38_143685_box7_Incident_Summaries_1-100
Agency: Department of War
Page 15
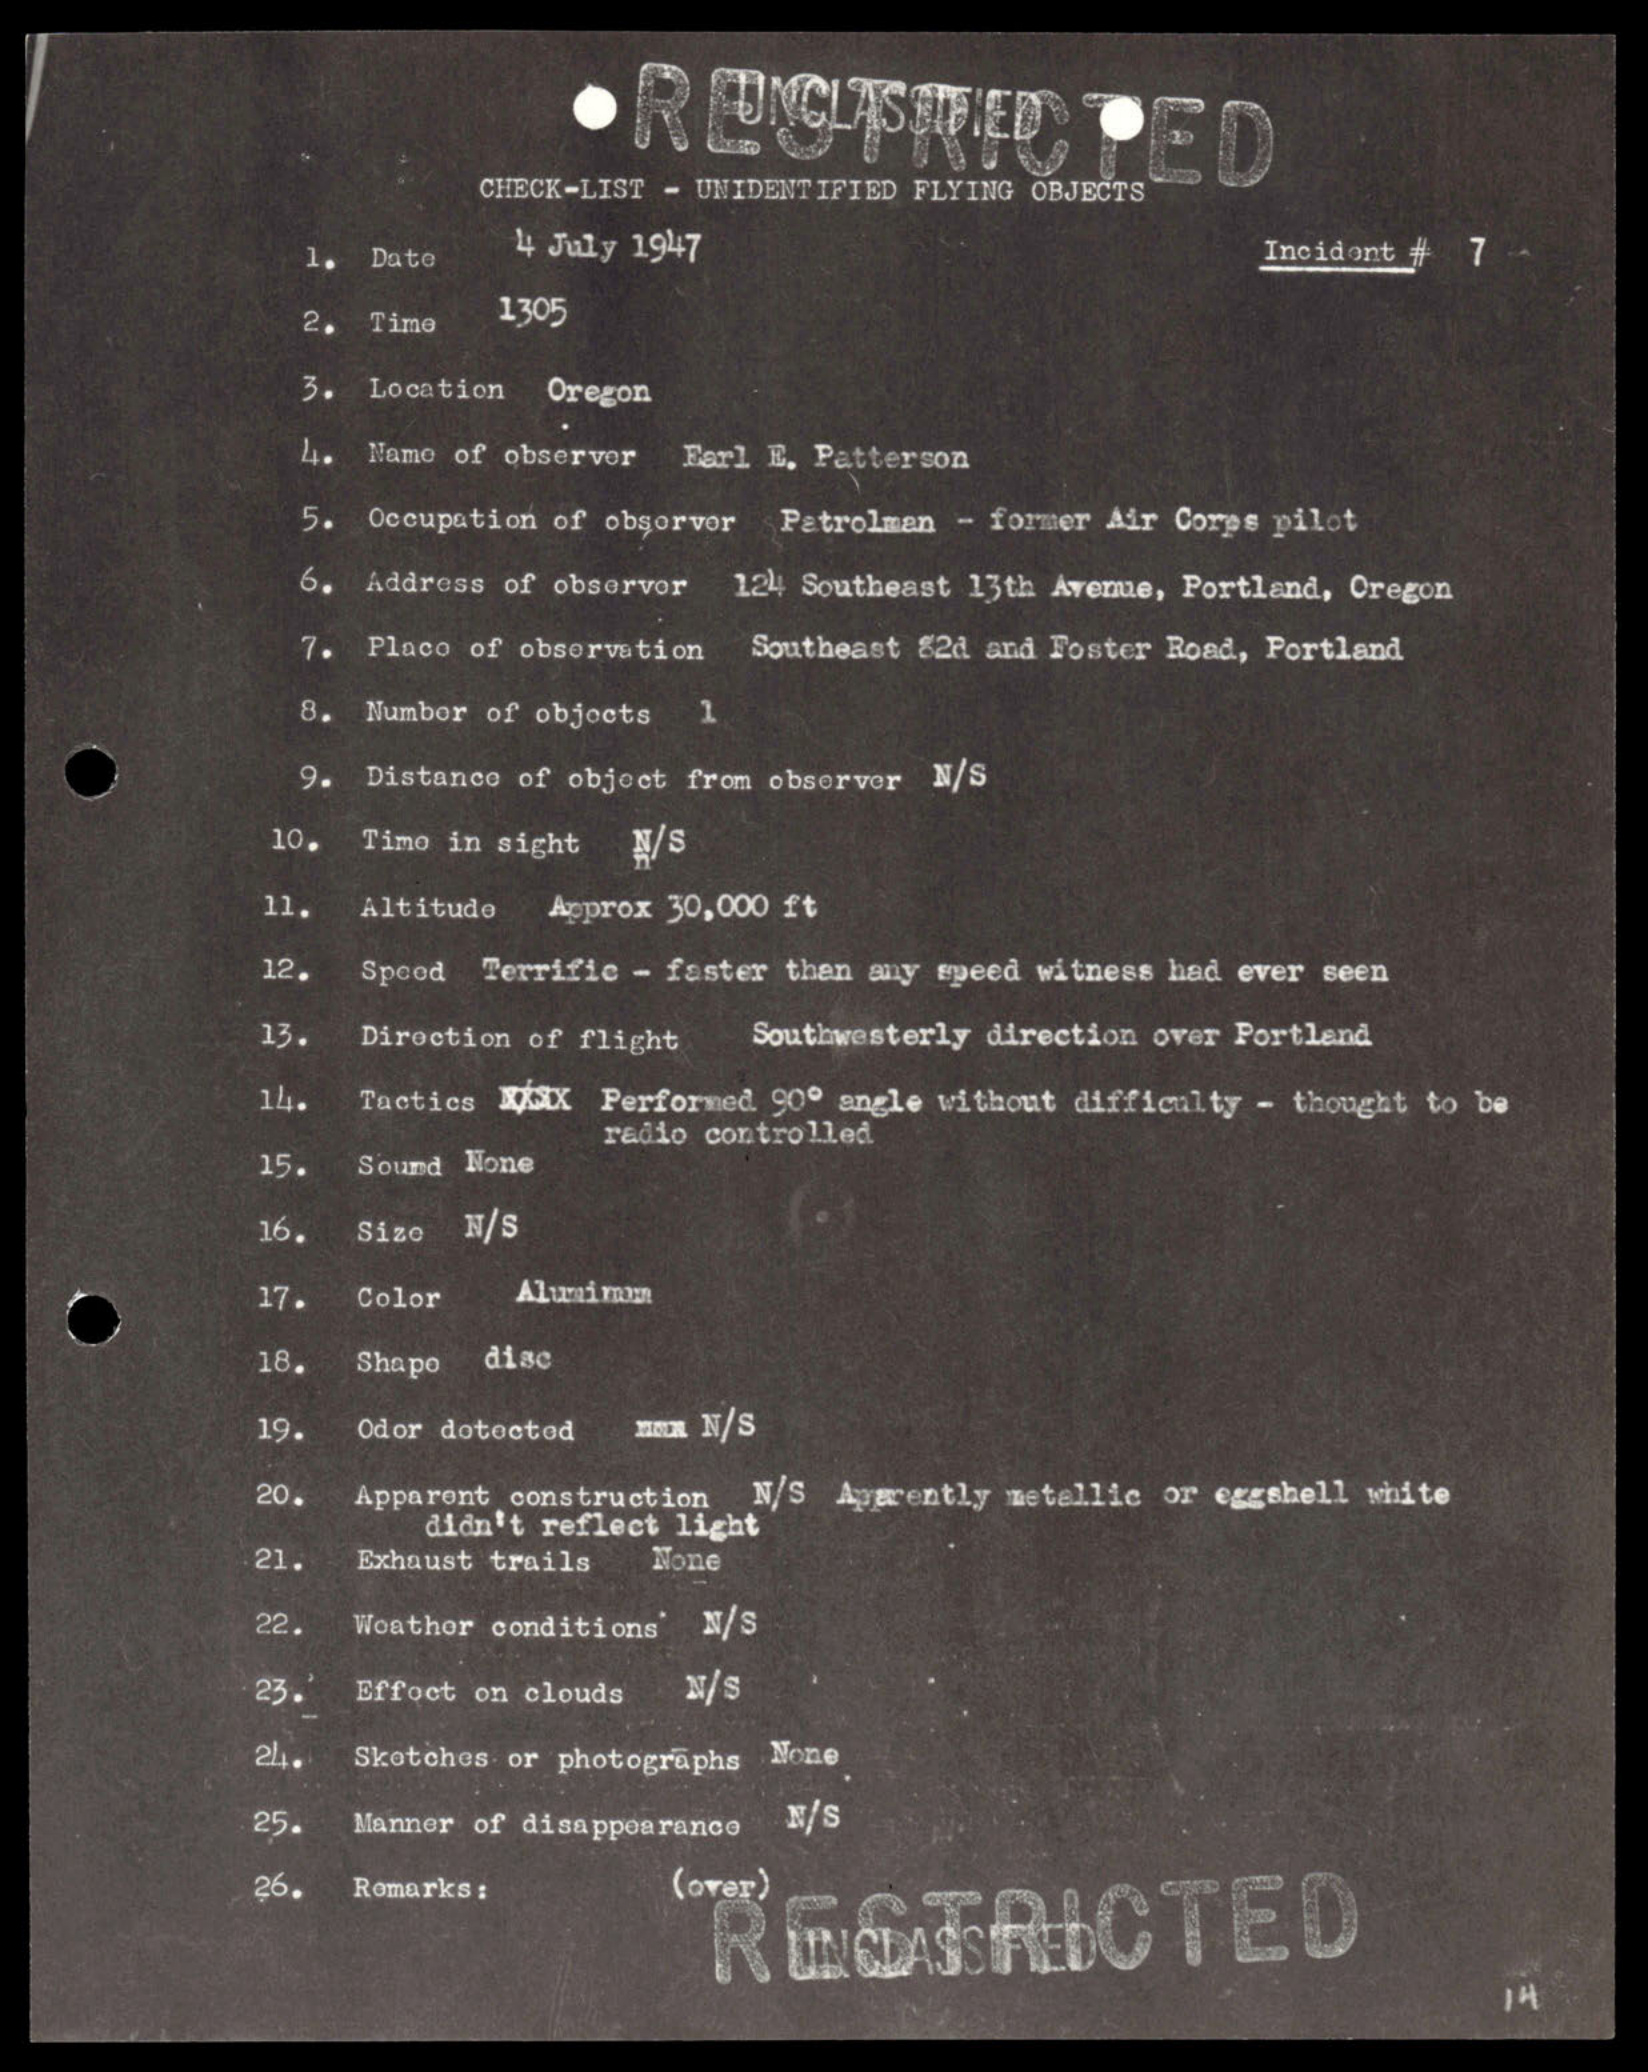